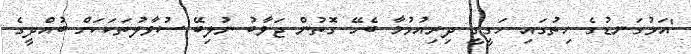
'އަޅުގަނޑުގެ ހިތުގައި ހަގީގީ ދިރިއުޅުމާ ބެހޭ ގޮތުން ޖަވާބު ނުލިބޭ ސުވާލުތަކަކަށް ބުއްދީގެ